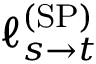
\ell _ { s \rightarrow t } ^ { \mathrm { ( S P ) } }